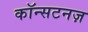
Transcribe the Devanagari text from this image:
कॉन्सटनज़